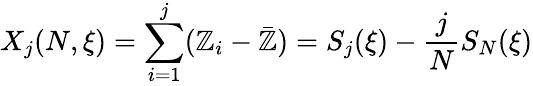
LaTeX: X_{j}(N,\xi)=\sum_{i=1}^{j}(\mathbb{Z}_{i}-\bar{{\mathbb{Z}}})=S_{j}(\xi)-\frac{{j}}{{N}}S_{N}(\xi)